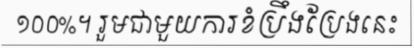
១០០%។ រួមជាមួយការខំប្រឹងប្រែងនេះ